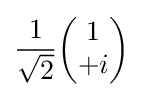
{\frac {1}{\sqrt {2}}}{\begin{pmatrix}1\\+i\end{pmatrix}}